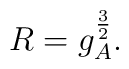
R = g_{A}^{\frac{3}{2}}.